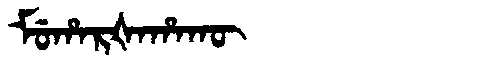
Manchu: ᠮᡠᡥᠠᡵᡧᠠᡥᠠᡴᡡ
Romanization: MUHARŠAHAKŪ